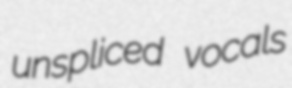
unspliced vocals